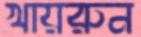
খায়রুন